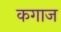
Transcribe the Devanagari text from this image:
कगाज